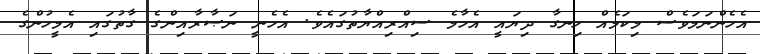
އެހެންނަމަވެސް މިކަމެއް ހިނގާ ދިޔައީ އެހާމެ ސިއްރިއްޔާތުގައެވެ. އެހެނީ ނަޞާރާއިންގެ ގާތުގައި އެމީހުންގެ